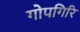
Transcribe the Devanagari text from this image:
गोपगिरि